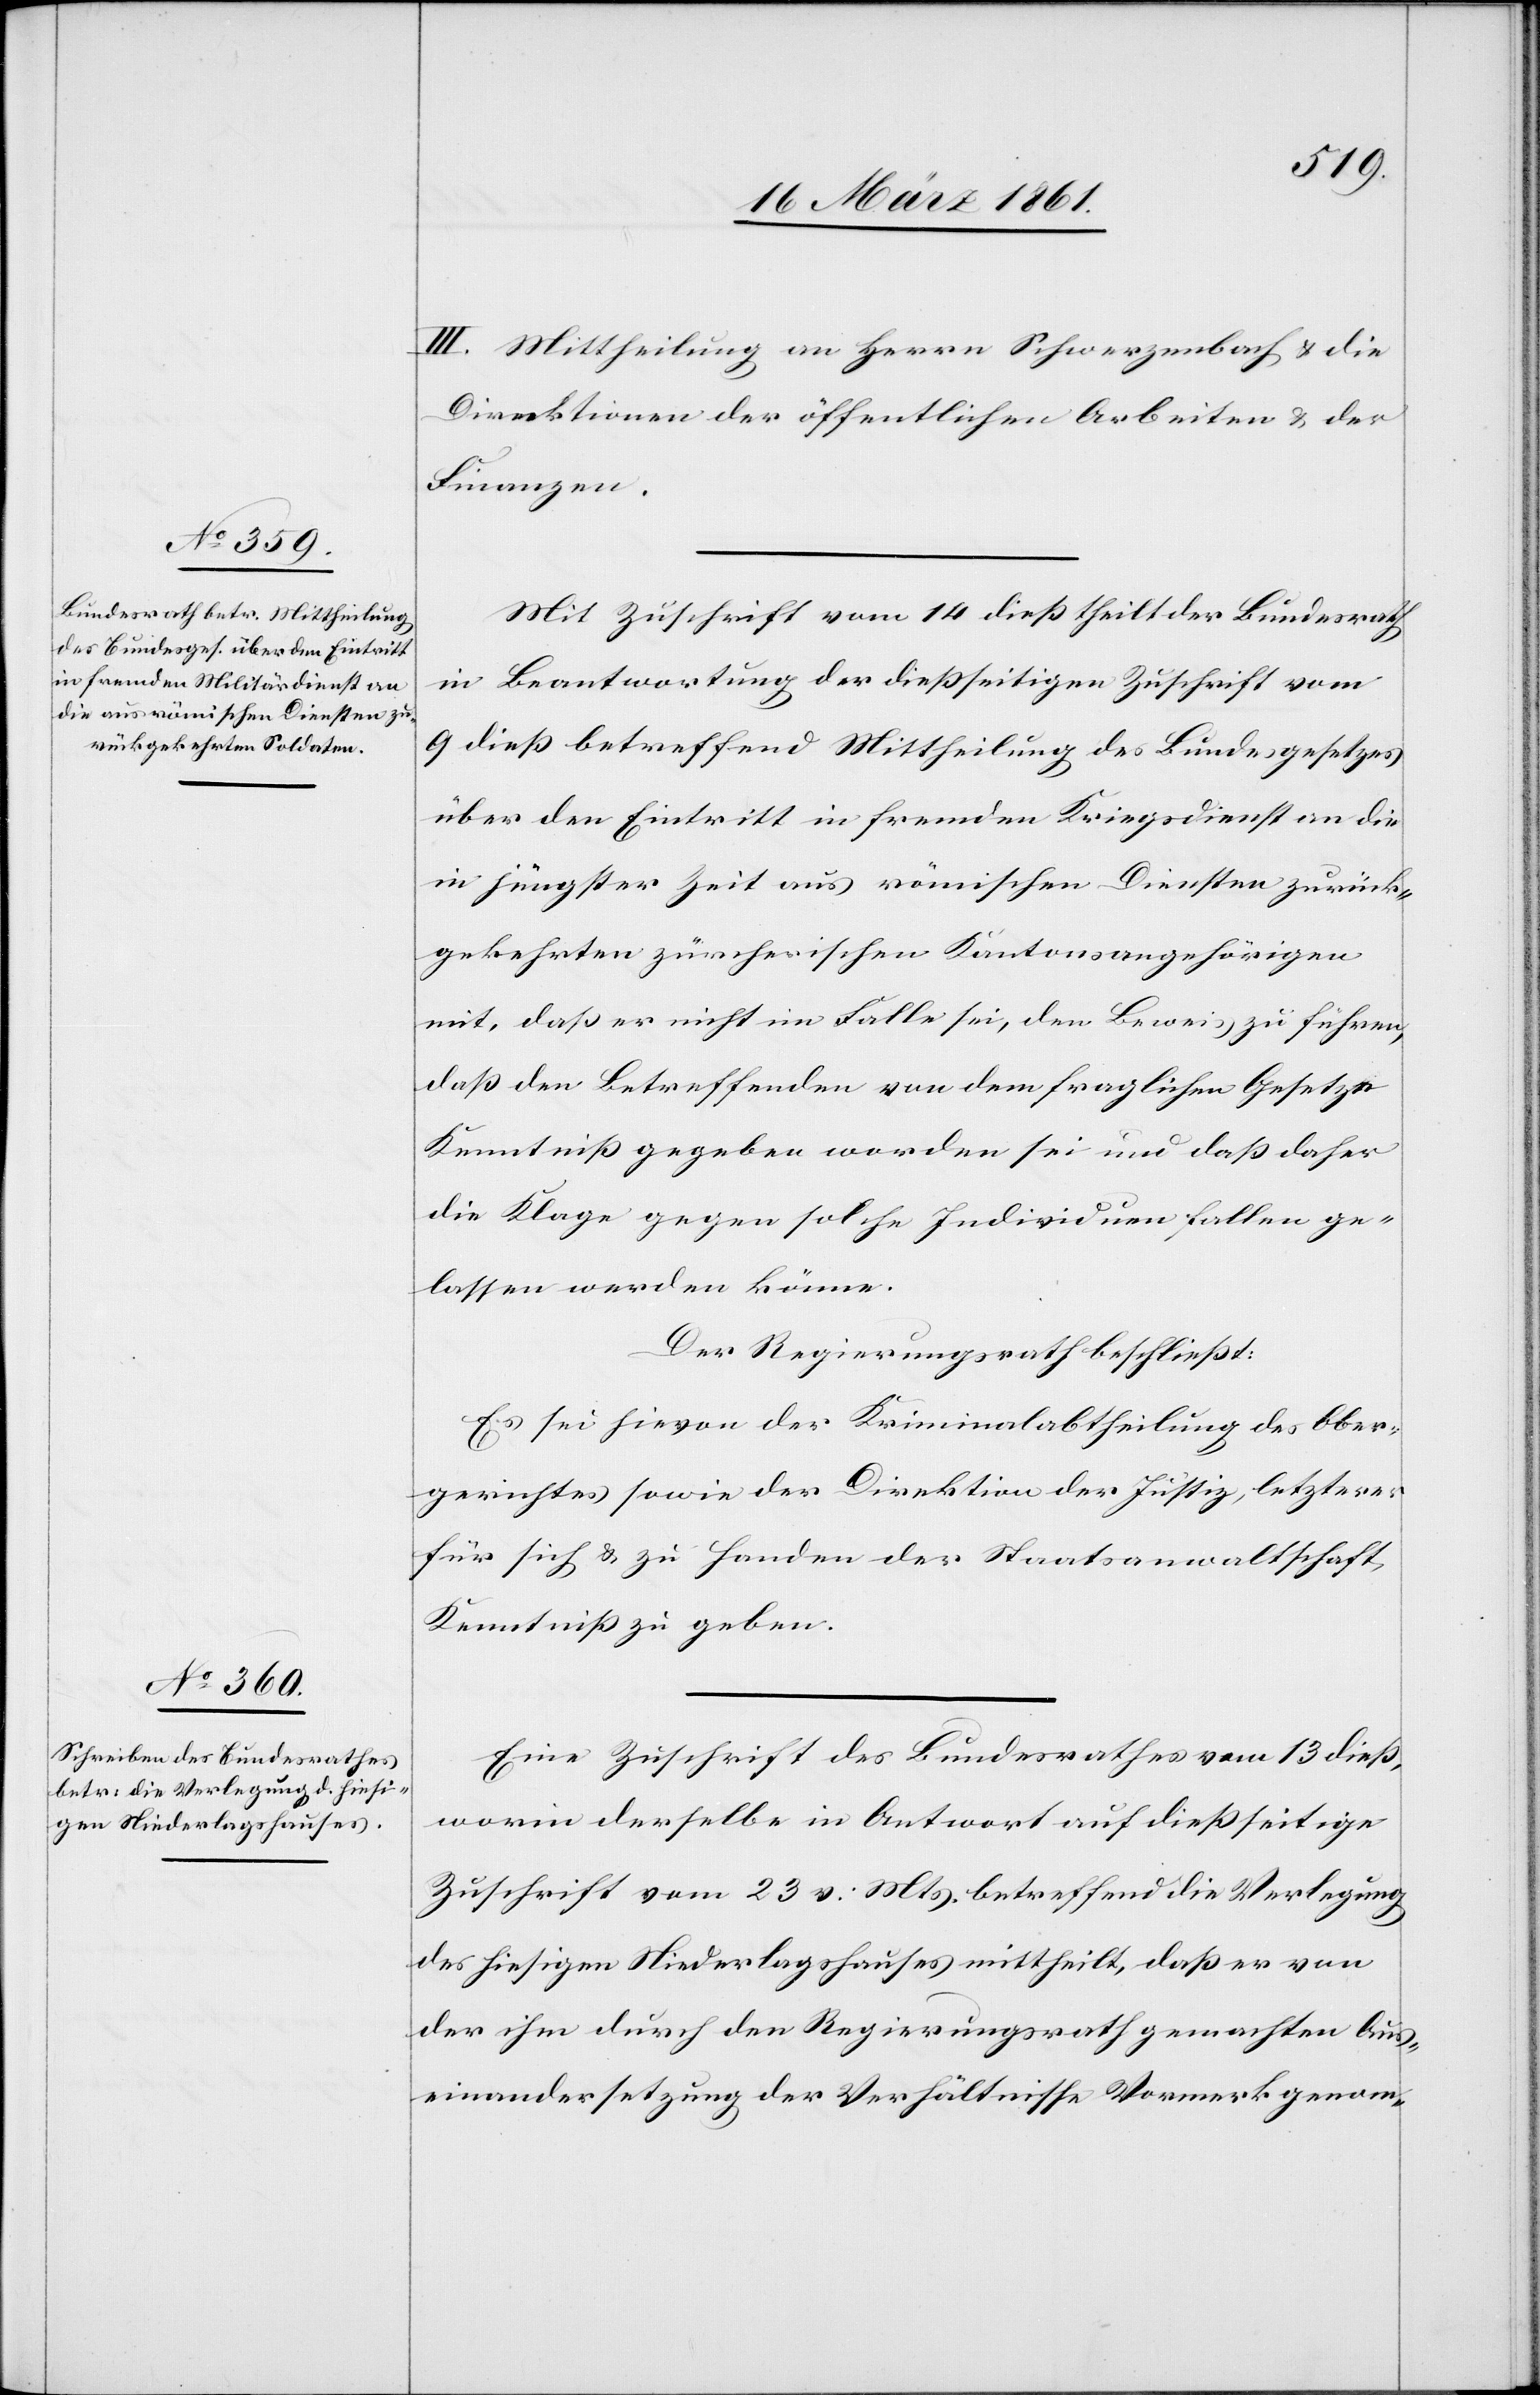
III. Mittheilung an Herrn Schwerzenbach u. die
Direktionen der öffentlichen Arbeiten u. der
Finanzen.
Mit Zuschrift vom 14. dieß theilt der Bundesrath
in Beantwortung der dießseitigen Zuschrift vom
9. dieß betreffend Mittheilung des Bundesgesetzes
über den Eintritt in fremden Kriegsdienst an die
in jüngster Zeit aus römischen Diensten zurück¬
gekehrten zürcherischen Kantonsangehörigen
mit, daß er nicht im Falle sei, den Beweis zu führen,
daß den Betreffenden von dem fraglichen Gesetze
Kenntniss gegeben worden sei und daß daher
die Klage gegen solche Individuen fallen ge¬
lassen werden könne.
Der Regierungsrath beschließt:
Es sei hievon der Kriminalabtheilung des Ober¬
gerichtes sowie der Direktion der Justiz, letzterer
für sich u. zu Handen des Staatsanwaltschaft
Kenntniß zu geben.
Eine Zuschrift des Bundesrathes vom 13 dieß,
worin derselbe in Antwort auf dießseitige
Zuschrift vom 23. v. Mts. betreffend die Verlegung
des hiesigen Niederlagshauses mittheilt, daß er von
der ihm durch den Regierungsrath gemachten Aus¬
einandersetzung der Verhältnisse Vormerk genom-